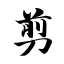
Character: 剪